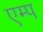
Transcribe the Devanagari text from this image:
एम्प